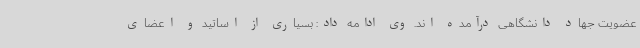
عضویت جهاد دانشگاهی درآمده اند. وی ادامه داد: بسیاری از اساتید و اعضای